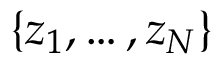
\{ z _ { 1 } , \dots , z _ { N } \}